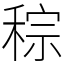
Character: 𥟡